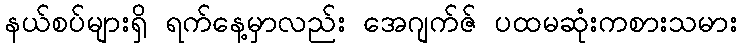
နယ်စပ်များရှိ ရက်နေ့မှာလည်း အေဂျက်ဇ် ပထမဆုံးကစားသမား